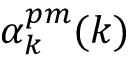
\alpha _ { k } ^ { p m } ( k )